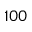
1 0 0